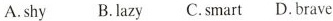
A.shy B.Lazy C.Smart D. Brave